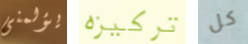
يؤلمنى تركيزه كل